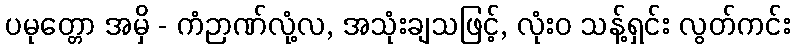
ပမုတ္တော အမှိ - ကံဉာဏ်လုံ့လ, အသုံးချသဖြင့်, လုံးဝ သန့်ရှင်း လွတ်ကင်း